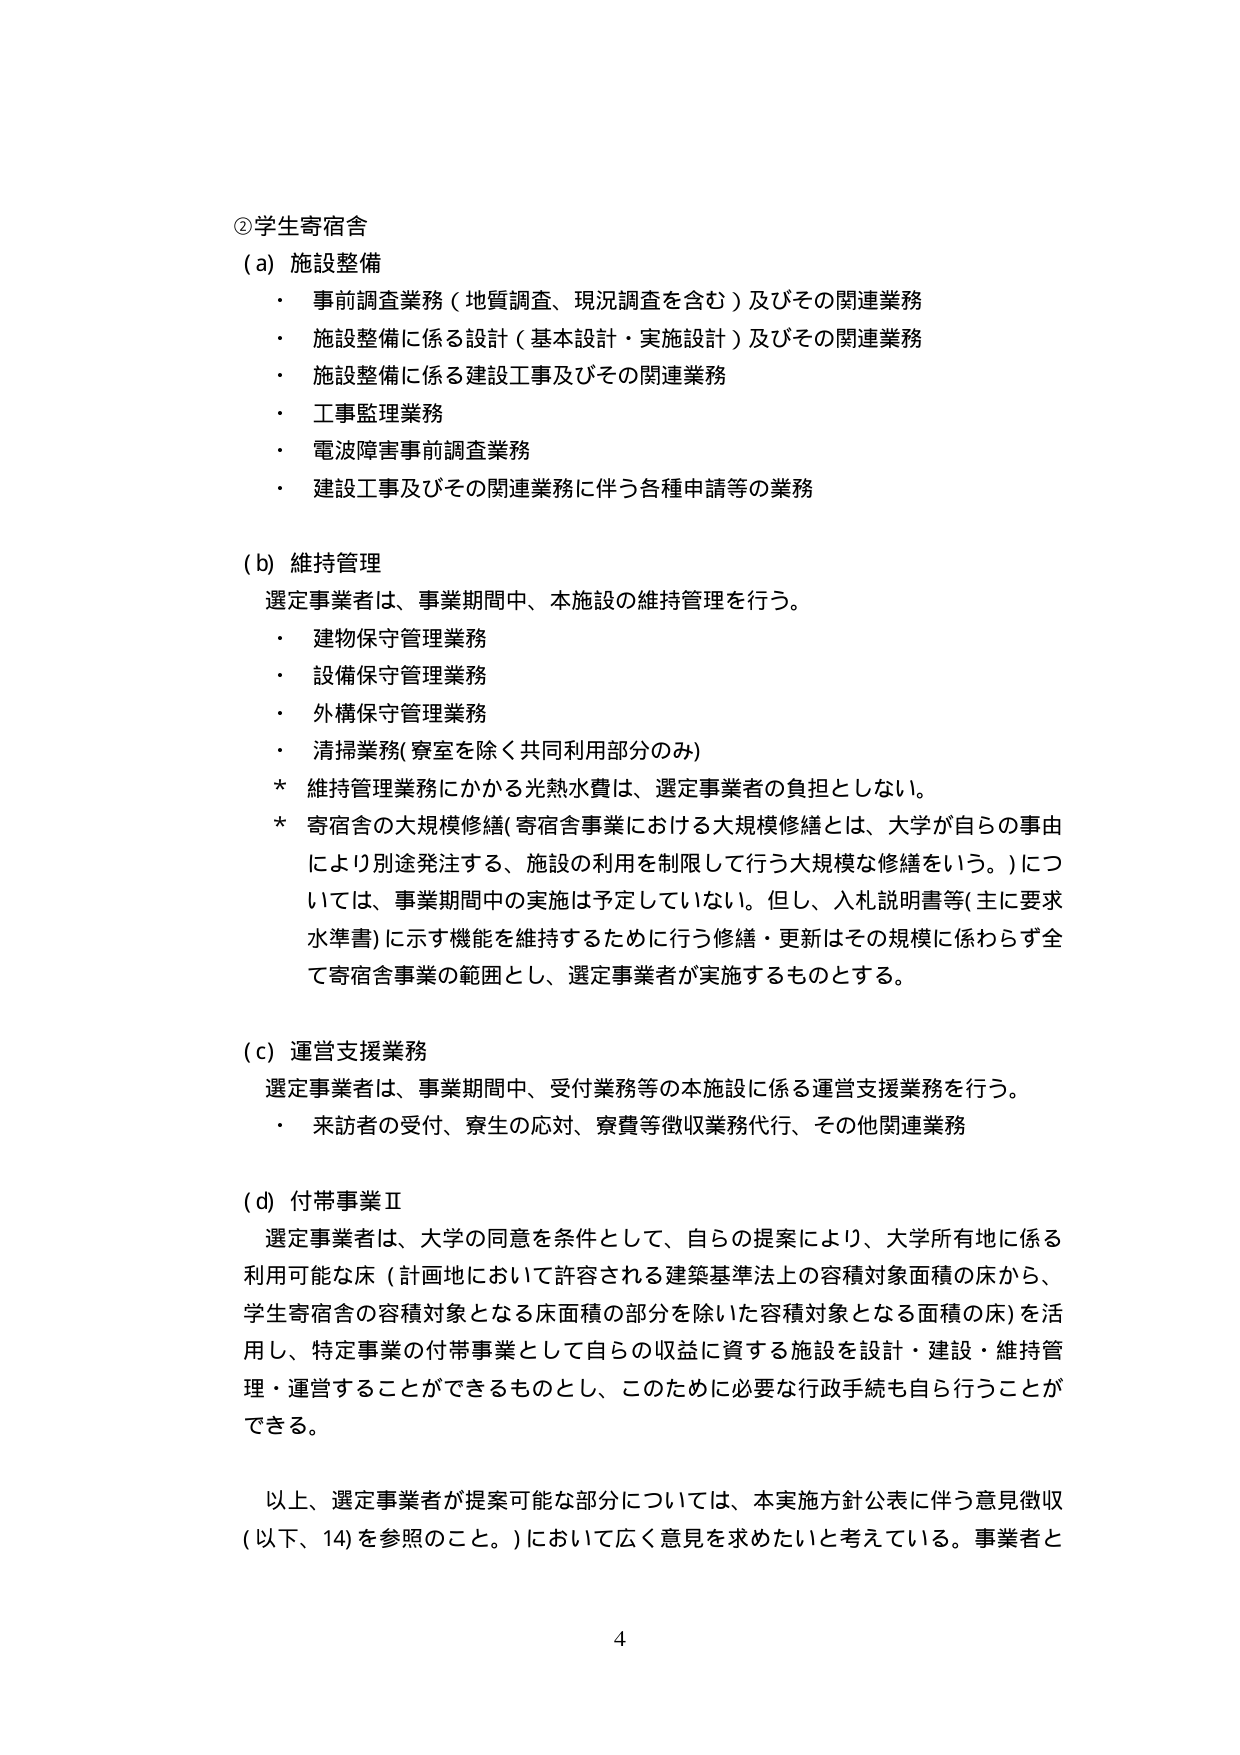
②学生寄宿舎
(a) 施設整備
・ 事前調査業務（地質調査、現況調査を含む）及びその関連業務
・ 施設整備に係る設計（基本設計・実施設計）及びその関連業務
・ 施設整備に係る建設工事及びその関連業務
・ 工事監理業務
・ 電波障害事前調査業務
・ 建設工事及びその関連業務に伴う各種申請等の業務

(b) 維持管理
選定事業者は、事業期間中、本施設の維持管理を行う。
・ 建物保守管理業務
・ 設備保守管理業務
・ 外構保守管理業務
・ 清掃業務（寮室を除く共同利用部分のみ）
* 維持管理業務にかかる光熱水費は、選定事業者の負担としない。
* 寄宿舎の大規模修繕（寄宿舎事業における大規模修繕とは、大学が自らの事由により別途発注する、施設の利用を制限して行う大規模な修繕をいう。）については、事業期間中の実施は予定していない。但し、入札説明書等（主に要求水準書）に示す機能を維持するために行う修繕・更新はその規模に係わらず全て寄宿舎事業の範囲とし、選定事業者が実施するものとする。

(c) 運営支援業務
選定事業者は、事業期間中、受付業務等の本施設に係る運営支援業務を行う。
・ 来訪者の受付、寮生の応対、寮費等徴収業務代行、その他関連業務

(d) 付帯事業Ⅱ
選定事業者は、大学の同意を条件として、自らの提案により、大学所有地に係る利用可能な床（計画地において許容される建築基準法上の容積対象面積の床から、学生寄宿舎の容積対象となる床面積の部分を除いた容積対象となる面積の床）を活用し、特定事業の付帯事業として自らの収益に資する施設を設計・建設・維持管理・運営することができるものとし、このために必要な行政手続も自ら行うことができる。

以上、選定事業者が提案可能な部分については、本実施方針公表に伴う意見徴収（以下、14）を参照のこと。）において広く意見を求めたいと考えている。事業者と

4